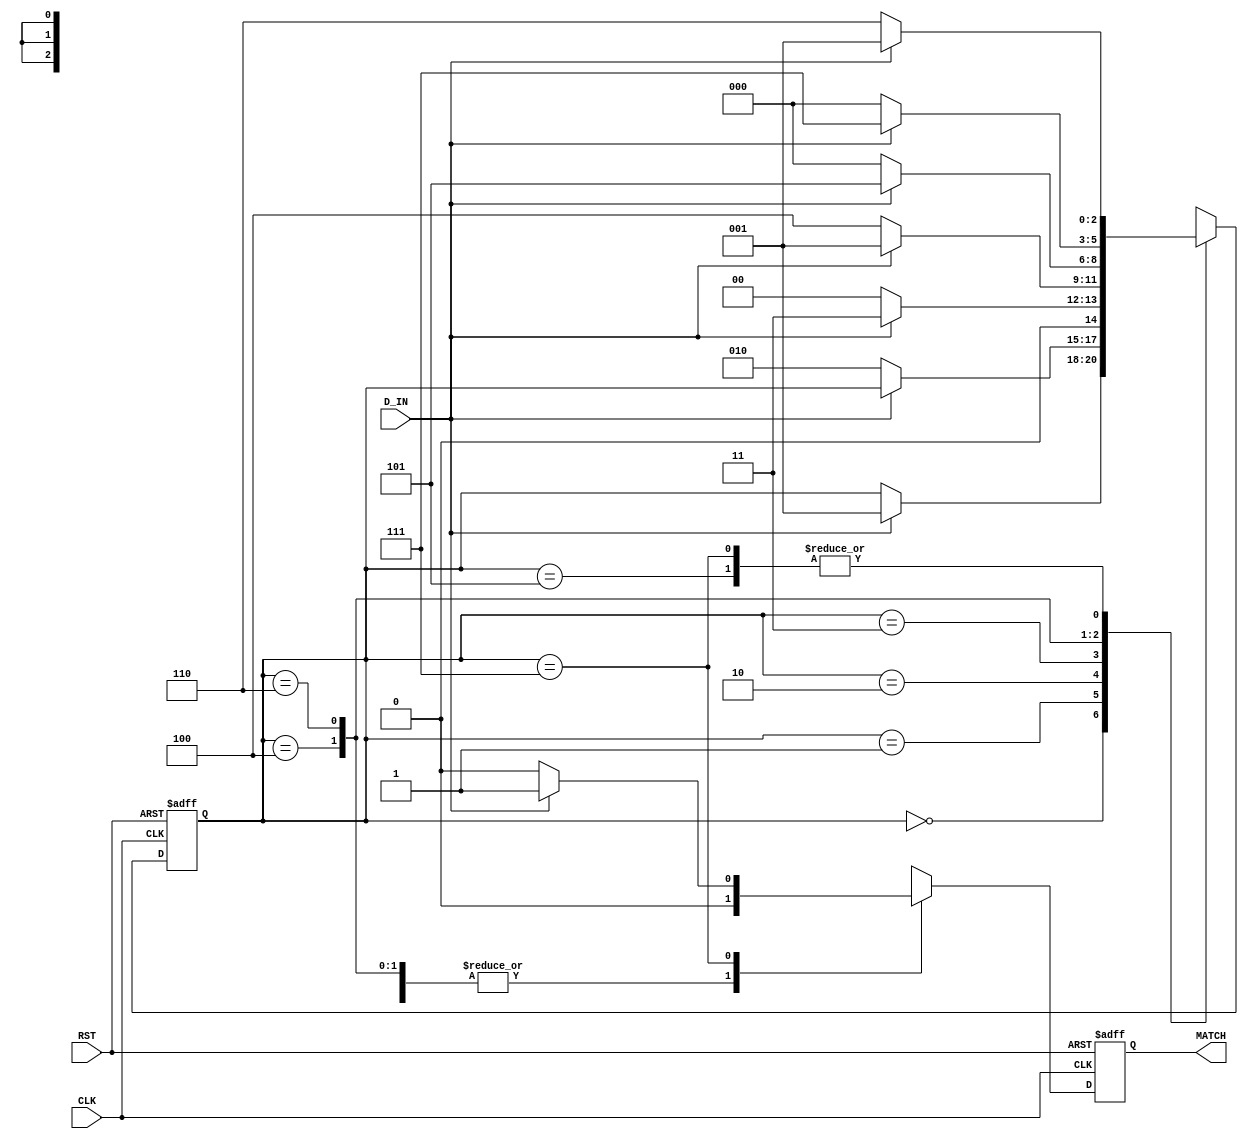
module seq_detect (D_IN, CLK, RST, MATCH);
input CLK, RST, D_IN;
output reg MATCH;

parameter  
Start=3'b000, 
S1=3'b001,
S10=3'b010,
S101=3'b011,
S1010=3'b100,
S10101=3'b101,
S101010=3'b110,
S1010101=3'b111;

reg [2:0] state; 

always @(posedge CLK, posedge RST)
begin
if(RST==1)
begin 
state <= Start;
MATCH<=0;
end
else
begin
 case(state) 
 
 Start:
 begin
  MATCH<=0;
  if(D_IN)
   state <= S1;
 end
 
 S1:
 begin
  MATCH<=0;
  if(!D_IN)
   state <= S10;
 end
 
 S10:
 begin
  MATCH<=0;
  if(D_IN)
   state <= S101;
  else
   state <= Start;
 end 
 
 S101:
 begin
  MATCH<=0;
  if(!D_IN)
   state <= S1010;
  else
   state <= S1;
 end
 
 S1010:
 begin
  MATCH<=0;
  if(D_IN)
   state = S10101;
  else
   state = Start;
 end
 
  S10101:
  begin
  MATCH<=0;
  if(!D_IN)
   state <= S101010;
  else
   state <= S1;
 end
 
 S101010:
 begin
  MATCH<=0;
  if(D_IN)
   state = S1010101;
  else
   state = Start;
 end
 
  S1010101:
  begin
  if(D_IN)
   begin
   state = S1;
   MATCH<=1;
   end
  else
   begin 
   state = S101010;
   MATCH<=0;
   end
  end
 
default:state = Start;
endcase
 end
end

endmodule